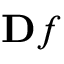
\ensuremath Ḋ \mathbf Ḋ f Ḍ Ḍ